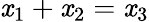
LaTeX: \mathit{x}_{1}+\mathit{x}_{2}=\mathit{x}_{3}